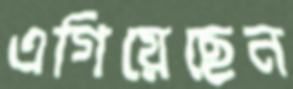
এগিয়েছেন